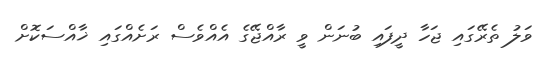
ވަލު ތެރޭގައި ޖަހާ ދީފައި ބުނަން ވީ ރާއްޖޭގެ އެއްވެސް ރަށެއްގައި ޚާއްސަކޮށް